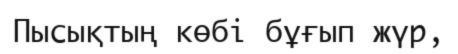
Пысықтың көбі бұғып жүр,